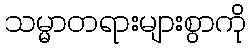
သမ္မာတရားများစွာကို